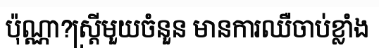
ប៉ុណ្ណា?ស្ត្រីមួយចំនួន មានការឈឺចាប់ខ្លាំង